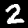
Label: 2